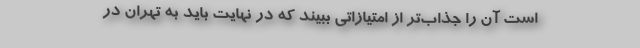
است آن را جذاب‌تر از امتیازاتی ببیند که در نهایت باید به تهران در